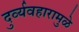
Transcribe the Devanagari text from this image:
दुर्व्यवहारामुळे